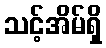
သင့်အိမ်ရှိ